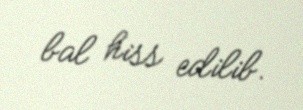
bal hiss edilib.